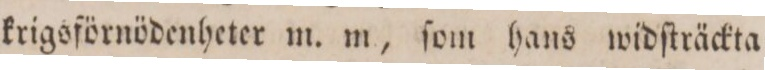
krigsförnödenheter m. m., ſom hans widſträckta